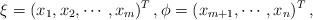
LaTeX: \begin{align*} \xi=(x_1, x_2, \cdots, x_m)^T\,, \phi=(x_{m+1}, \cdots, x_{n})^T\,, \end{align*}